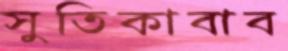
সুতিকাবাব